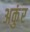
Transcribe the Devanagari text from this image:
अकुंर